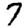
Digit: 7